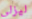
ليزلي